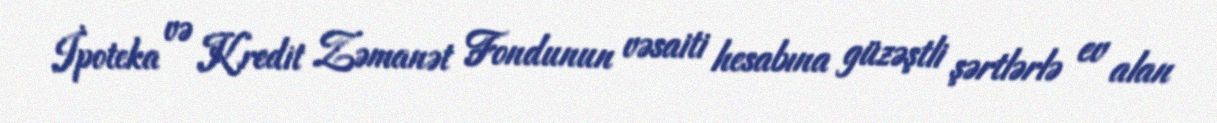
İpoteka və Kredit Zəmanət Fondunun vəsaiti hesabına güzəştli şərtlərlə ev alan